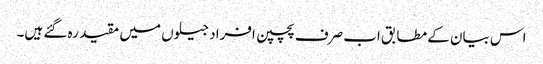
اس بیان کے مطابق اب صرف پچپن افراد جیلوں میں مقید رہ گئے ہیں۔